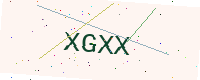
Text: XGXX